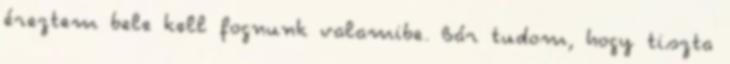
éreztem bele kell fognunk valamibe. Bár tudom, hogy tiszta